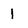
Character: 1